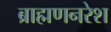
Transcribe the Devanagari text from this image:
ब्राह्मणनरेश